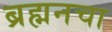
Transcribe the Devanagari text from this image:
ब्रह्मनचा